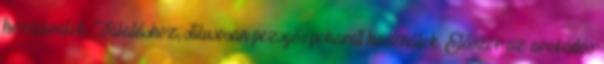
hozzávalók. Tálaláshoz, stílusosan pezsgős poharat használok. Először az avokádós